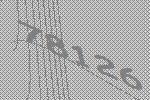
78126